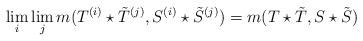
LaTeX: \begin{align*}\lim_i\lim_j m(T^{(i)}\star \tilde T^{(j)},S^{(i)}\star \tilde S^{(j)})=m(T\star \tilde T,S\star \tilde S)\end{align*}